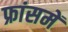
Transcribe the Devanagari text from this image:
फ्रांसमें